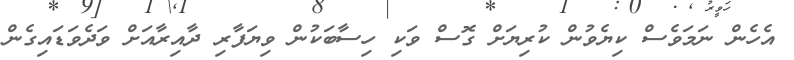
އެހެން ނަމަވެސް ކިޔެވުން ކުރިޔަށް ގޮސް ވަކި ހިސާބަކުން ވިޔަފާރި ދާއިރާއަށް ވަދެވަޑައިގެން